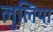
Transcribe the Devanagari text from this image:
लुलिया